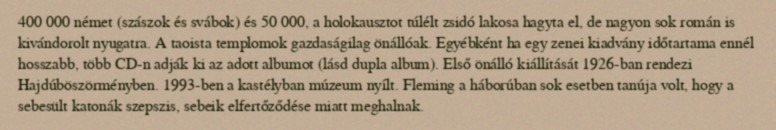
400 000 német (szászok és svábok) és 50 000, a holokausztot túlélt zsidó lakosa hagyta el, de nagyon sok román is kivándorolt nyugatra. A taoista templomok gazdaságilag önállóak. Egyébként ha egy zenei kiadvány időtartama ennél hosszabb, több CD-n adják ki az adott albumot (lásd dupla album). Első önálló kiállítását 1926-ban rendezi Hajdúböszörményben. 1993-ben a kastélyban múzeum nyílt. Fleming a háborúban sok esetben tanúja volt, hogy a sebesült katonák szepszis, sebeik elfertőződése miatt meghalnak.